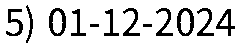
5) 01-12-2024